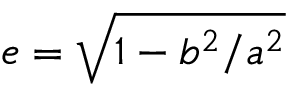
e = \sqrt { 1 - b ^ { 2 } / a ^ { 2 } }